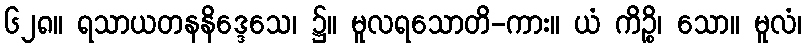
၆၂၈။ ရသာယတနနိဒ္ဒေသေ၊ ၌။ မူလရသောတိ-ကား။ ယံ ကိဉ္စိ၊ သော။ မူလံ၊